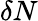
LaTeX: \delta N